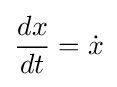
{\frac {dx}{dt}}={\dot {x}}